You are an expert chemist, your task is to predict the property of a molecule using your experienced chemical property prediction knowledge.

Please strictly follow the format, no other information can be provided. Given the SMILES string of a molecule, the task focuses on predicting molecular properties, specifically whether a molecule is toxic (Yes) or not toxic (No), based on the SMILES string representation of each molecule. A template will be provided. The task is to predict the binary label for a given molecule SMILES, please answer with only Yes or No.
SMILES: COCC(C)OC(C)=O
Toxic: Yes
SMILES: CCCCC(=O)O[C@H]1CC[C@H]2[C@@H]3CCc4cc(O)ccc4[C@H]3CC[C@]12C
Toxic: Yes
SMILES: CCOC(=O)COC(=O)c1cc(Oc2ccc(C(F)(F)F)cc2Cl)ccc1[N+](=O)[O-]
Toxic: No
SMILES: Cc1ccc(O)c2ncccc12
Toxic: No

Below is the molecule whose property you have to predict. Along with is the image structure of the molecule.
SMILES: [Ni+2]
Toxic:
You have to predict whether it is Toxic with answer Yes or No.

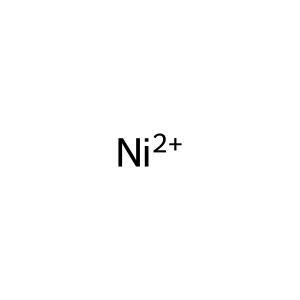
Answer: No